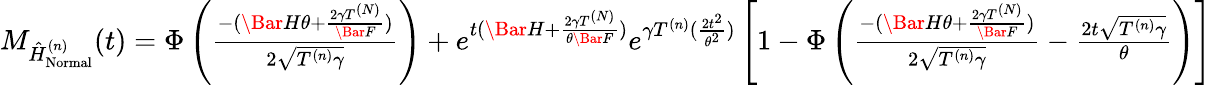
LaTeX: \begin{array}{r}{M_{\hat{H}_{\mathrm{Normal}}^{(n)}}(t)=\Phi\left(\frac{-(\Bar{H}\theta+\frac{2\gamma T^{(N)}}{\Bar{F}})}{2\sqrt{T^{(n)}\gamma}}\right)+e^{t(\Bar{H}+\frac{2\gamma T^{(N)}}{\theta\Bar{F}})}e^{\gamma T^{(n)}(\frac{2t^{2}}{\theta^{2}})}\left[1-\Phi\left(\frac{-(\Bar{H}\theta+\frac{2\gamma T^{(N)}}{\Bar{F}})}{2\sqrt{T^{(n)}\gamma}}-\frac{2t\sqrt{T^{(n)}\gamma}}{\theta}\right)\right]}\end{array}